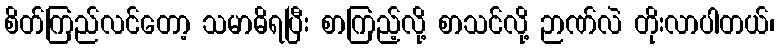
စိတ်ကြည်လင်တော့ သမာဓိရပြီး စာကြည့်လို့ စာသင်လို့ ဉာဏ်လဲ တိုးလာပါတယ်၊